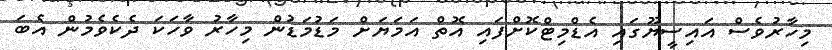
މިހާރުވެސް އައިސީޔޫގައި އެޑްމިޓްކޮށްފައި އޮތް އަމަޔަށް މަޑުމަޑުން މިހާރު ވާހަކަ ދެކެވެމުން އެބަ